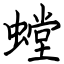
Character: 螳